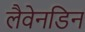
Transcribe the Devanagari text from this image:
लैवेनडिन